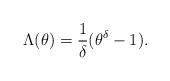
LaTeX: \begin{align*} \Lambda(\theta) = \frac1{\delta} (\theta^{\delta} - 1 ).\end{align*}